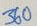
Text: 360